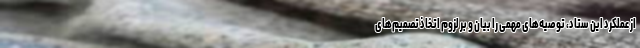
از عملکرد این ستاد، توصیه‌های مهمی را بیان و بر لزوم اتخاذ تصمیم‌های